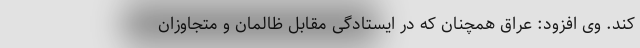
کند. وی افزود: عراق همچنان که در ایستادگی مقابل ظالمان و متجاوزان